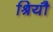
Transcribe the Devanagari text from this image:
श्रियौ